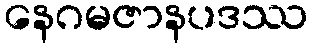
နေဂမဇာနပဒဿ